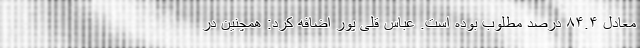
معادل ۸۴.۴ درصد مطلوب بوده است. عباس قلی پور اضافه کرد: همچنین در